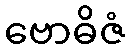
ဗောဓိဇံ